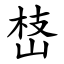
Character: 㟚